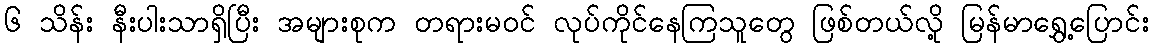
၆ သိန်း နီးပါးသာရှိပြီး အများစုက တရားမဝင် လုပ်ကိုင်နေကြသူတွေ ဖြစ်တယ်လို့ မြန်မာရွှေ့ပြောင်း